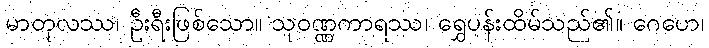
မာတုလဿ၊ ဦးရီးဖြစ်သော။ သုဝဏ္ဏကာရဿ၊ ရွှေပန်းထိမ်သည်၏။ ဂေဟေ၊